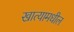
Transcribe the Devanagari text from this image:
खात्यामधील